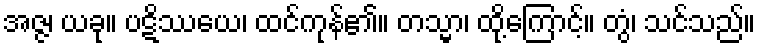
အဇ္ဇ၊ ယခု။ ပဋိဿယေ၊ ထင်ကုန်၏။ တသ္မာ၊ ထို့ကြောင့်။ တွံ၊ သင်သည်။